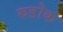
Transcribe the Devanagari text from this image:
रुडोक